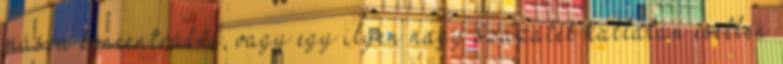
másra koncentrálni, vagy egy ilyen nagy százalék hallatán esetlen